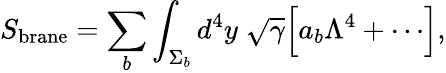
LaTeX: S_{\mathrm{brane}}=\sum_{b}\int_{\Sigma_{b}}d^{4}y\; \sqrt\gamma\Bigl[a_{b}\Lambda^{4}+\cdots\Bigr],